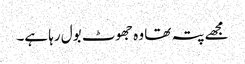
مجھے پتہ تھا وہ جھوٹ بول رہا ہے۔